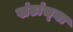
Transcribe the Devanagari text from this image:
खंडांच्‍या